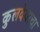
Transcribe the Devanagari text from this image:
कुलदेवाचा